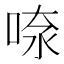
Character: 𠶫